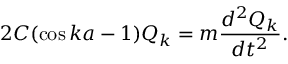
2 C ( \cos { k a - 1 } ) Q _ { k } = m { \frac { d ^ { 2 } Q _ { k } } { d t ^ { 2 } } } .